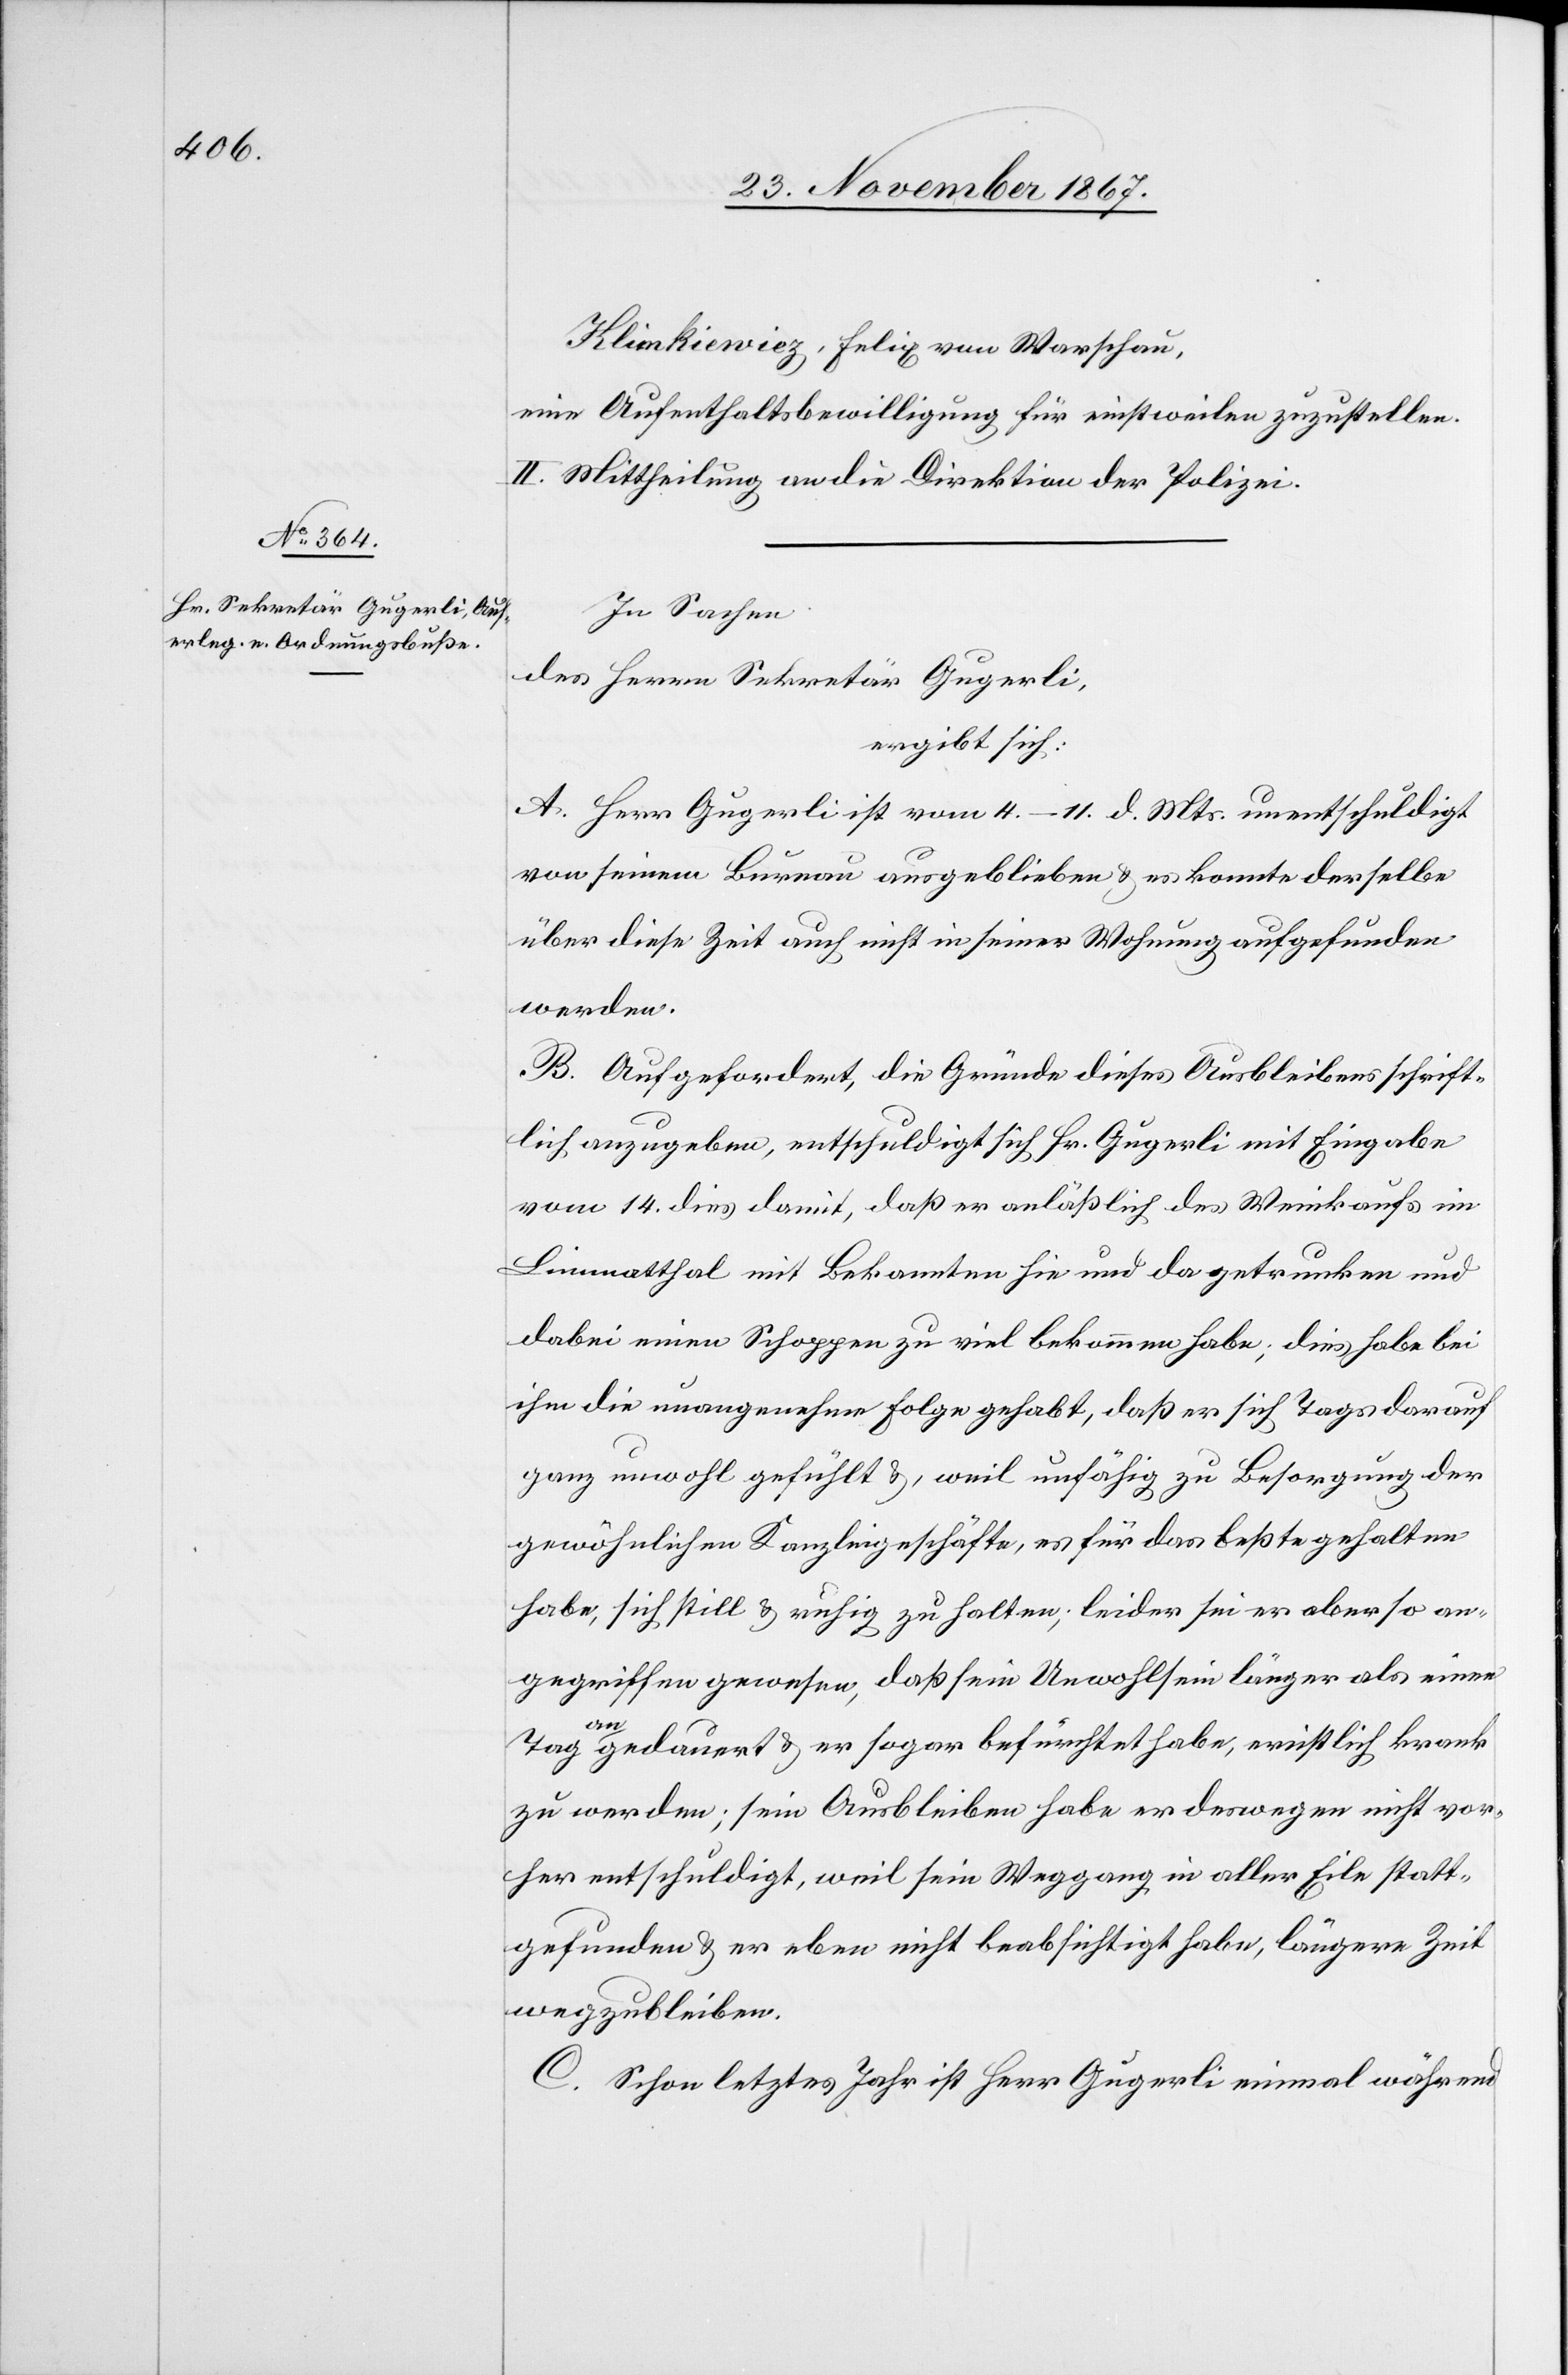
Klinkiewiez, Felix von Warschau,
eine Aufenthaltsbewilligung für einstweilen zuzustellen.
II. Mittheilung an die Direktion der Polizei.
In Sachen
des Herrn Sekretär Gugerli,
ergibt sich:
A. Herr Gugerli ist vom 4.–11. d. Mts. unentschuldigt
von seinem Bureau ausgeblieben u. es konnte derselbe
über diese Zeit auch nicht in seiner Wohnung aufgefunden
werden.
B. Aufgefordert, die Gründe dieses Ausbleibens schrift¬
lich anzugeben, entschuldigte sich Hr. Gugerli mit Eingabe
vom 14. dies damit, daßer anläßlich des Weinkaufs im
Limmatthal mit Bekannten hie und da getrunken und
dabei einen Schoppen zu viel bekommen habe; die habe bei
ihm die unangenehme Folgegehabt, daß er sich Tags darauf
ganz unwohl gefühlt u., weil unfähig zu Besorgung der
gewöhnlichen Kanzleigeschäfte, es für das beßte gehalten
habe, sich still u. ruhig zu halten; leider sei er aber so an¬
gegriffen gewesen, daß sein Unwohlsein länger als einen
an¬
gedauert u. er sogar befürchtet habe, ernstlich krank
Tag
zu werden; sein Ausbleiben habe er deswegen nicht vor¬
her entschuldigt, weil sein Weggang in aller Eile statt¬
gefunden u. er eben nicht beabsichtigt habe, längere Zeit
wegzubleiben.
C. Schon letztes Jahr ist Herr Gugerli einmal während